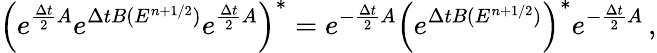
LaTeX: \left(e^{\frac{\Delta t}{2}A}e^{\Delta tB(E^{n+1/2})}e^{\frac{\Delta t}{2}A}\right)^{*}=e^{-\frac{\Delta t}{2}A}\left(e^{\Delta tB(E^{n+1/2})}\right)^{*}e^{-\frac{\Delta t}{2}A}\, ,